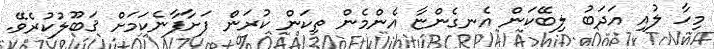
މިހާ ލުއި އަދަބު ލިބޭކަން އެނގެންޏާ އެންމެން ތިކަން ކުރަން ފަށާފާނެކަމަށް ޤަބޫލުކުރެވޭ.